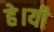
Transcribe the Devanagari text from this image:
हे।यी